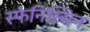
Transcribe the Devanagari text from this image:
स्फेनिस्सिन